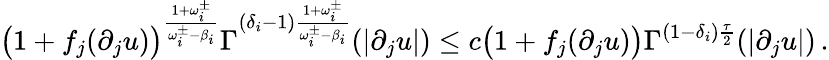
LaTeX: \big(1+f_{j}(\partial_{j}u)\big)^{\frac{1+\omega_{i}^{\pm}}{\omega_{i}^{\pm}-\beta_{i}}}\Gamma^{(\delta_{i}-1)\frac{1+\omega_{i}^{\pm}}{\omega_{i}^{\pm}-\beta_{i}}}(|\partial_{j}u|)\leq c\big(1+f_{j}(\partial_{j}u)\big)\Gamma^{(1-\delta_{i})\frac{\tau}{2}}(|\partial_{j}u|)\, .